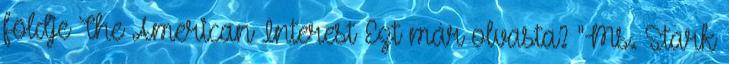
földje The American Interest Ezt már olvasta? "Ms. Stark